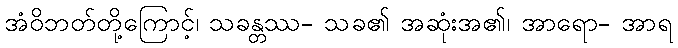
အံဝိဘတ်တို့ကြောင့်၊ သခန္တဿ- သခ၏ အဆုံးအ၏၊ အာရော- အာရ